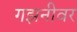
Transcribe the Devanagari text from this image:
गझनीवर